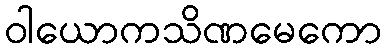
ဝါယောကသိဏမေကော